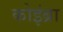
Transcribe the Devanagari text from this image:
कोइंब्रा